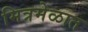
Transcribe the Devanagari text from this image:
मित्रमेळात